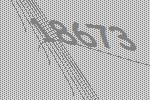
18673